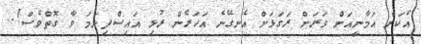
އެކަން އަމާނީއަށް ވަރަށް ރަގަޅަށް އެނގޭނެ އަހަރެން ރުޅި އައިސްފިނަމަ ވާ ގޮތްވެސް!..